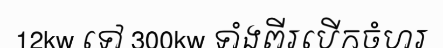
12kw ទៅ 300kw ទាំងពីរបើកចំហរ